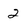
Character: 2